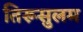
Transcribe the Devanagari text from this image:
तिरूसुलम